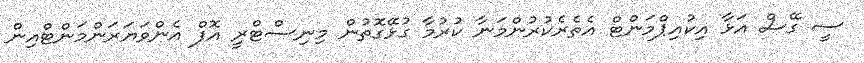
ސީ ގޭސް އަޅާ އިކުއިޕްމަންޓް އެތެރެކުރުންމަނާ ކުރުމާ ގުޅޭގޮތުން މިނިސްޓްރީ އޮފް އެންވަޔަރަންމަންޓްއިން